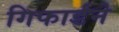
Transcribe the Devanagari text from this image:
गिफार्डने